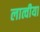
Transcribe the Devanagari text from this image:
लात्वीया